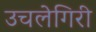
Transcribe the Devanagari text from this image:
उचलेगिरी